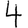
Digit: 4